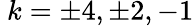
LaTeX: \ k=\pm 4,\pm 2,-1